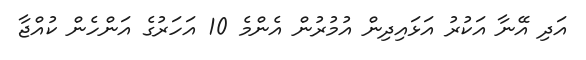
އަދި އޭނާ އަކުރު އަޅައިދިން އުމުރުން އެންމެ 10 އަހަރުގެ އަންހެން ކުއްޖާ